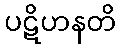
ပဋိဟနတိ